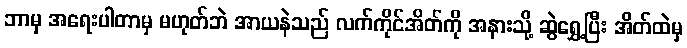
ဘာမှ အရေးပါတာမှ မဟုတ်ဘဲ အာယနဲသည် လက်ကိုင်အိတ်ကို အနားသို့ ဆွဲရွှေ့ပြီး အိတ်ထဲမှ